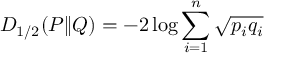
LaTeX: D _ { 1 / 2 } ( P \| Q ) = - 2 \log \sum _ { i = 1 } ^ { n } { \sqrt { p _ { i } q _ { i } } }